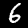
Digit: 6